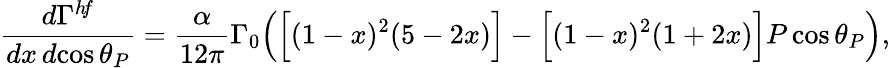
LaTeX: \frac{d\Gamma^{h\! f}}{dx\, d\! \cos\theta_{P}}=\frac{\alpha}{12\pi}\Gamma_{0}\Big(\Big[(1-x)^{2}(5-2x)\Big]-\Big[(1-x)^{2}(1+2x)\Big]P\cos\theta_{P}\Big),